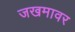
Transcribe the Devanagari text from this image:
जखमावर